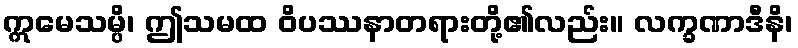
ဣမေသမ္ပိ၊ ဤသမထ ဝိပဿနာတရားတို့၏လည်း။ လက္ခဏာဒီနိ၊